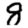
Digit: 8